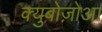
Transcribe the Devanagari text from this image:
क्युबोज़ोआ